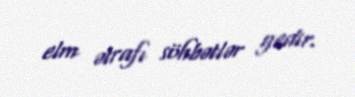
elm ətrafı söhbətlər gedir.